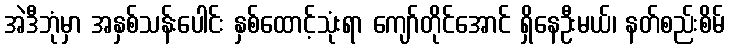
အဲဒီဘုံမှာ အနှစ်သန်းပေါင်း နှစ်ထောင့်သုံးရာ ကျော်တိုင်အောင် ရှိနေဦးမယ်၊ နတ်စည်းစိမ်